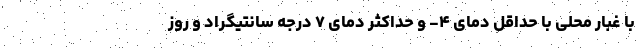
با غبار محلی با حداقل دمای ۴- و حداکثر دمای ۷ درجه سانتیگراد و روز